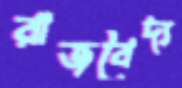
রাজবৈদ্য